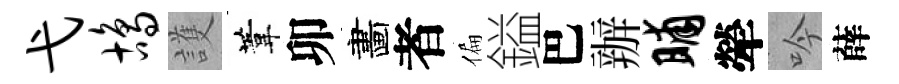
弋鸪護葦卯畵者偏鎰巴辦晡犖吟薛